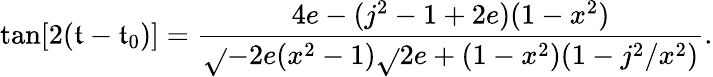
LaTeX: \tan[2(\mathfrak{t}-\mathfrak{t}_{0})]=\frac{{4e-(j^{2}-1+2e)(1-x^{2})}}{{\sqrt{}{{-2e}}(x^{2}-1)\sqrt{}{{2e+(1-x^{2})(1-j^{2}/x^{2})}}}}.